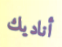
أناديك